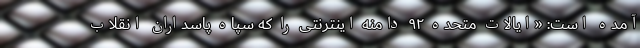
آمده است: «ایالات متحده ۹۲ دامنه اینترنتی را که سپاه پاسداران انقلاب